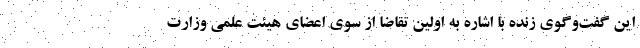
این گفت‌وگوی زنده با اشاره به اولین تقاضا از سوی اعضای هیئت علمی وزارت